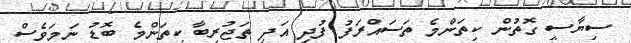
ސިޔާސީ ގޮތުން ކިތަންމެ ތަސައްރަފު ފުދި އަދި ތަޖުރިބާ ކިތަންމެ ބޮޑު ނަމަވެސް